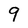
Character: 9